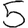
Digit: 5